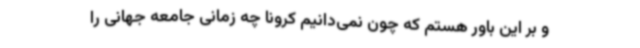
و بر این باور هستم که چون نمی‌دانیم کرونا چه زمانی جامعه جهانی را